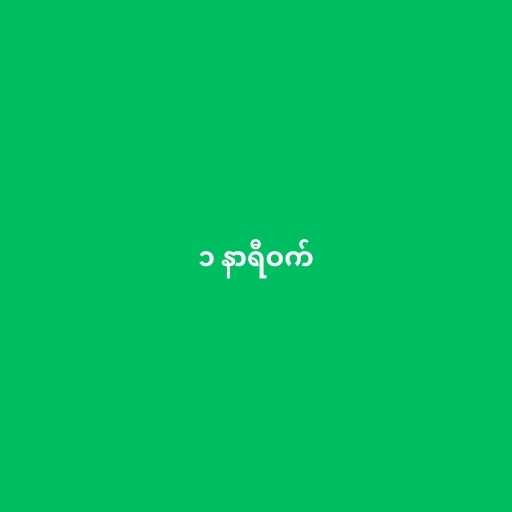
၁ နာရီဝက်